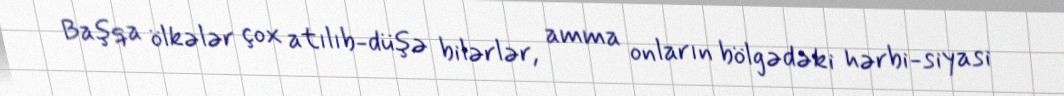
Başqa ölkələr çox atılıb-düşə bilərlər, amma onların bölgədəki hərbi-siyasi